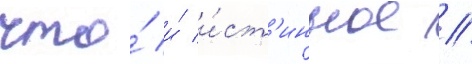
что́ и́ и́ст'инное /